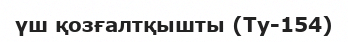
үш қозғалтқышты (Ту-154)